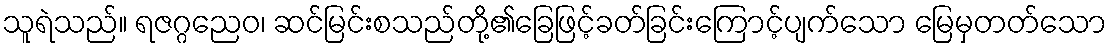
သူရဲသည်။ ရဇဂ္ဂညေဝ၊ ဆင်မြင်းစသည်တို့၏ခြေဖြင့်ခတ်ခြင်းကြောင့်ပျက်သော မြေမှတတ်သော